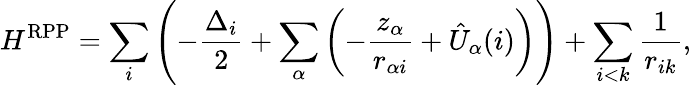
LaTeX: H^{\mathrm{RPP}}=\sum_{i}\left(-\frac{\Delta_{i}}{2}+\sum_{\alpha}\left(-\frac{z_{\alpha}}{r_{\alpha i}}+\hat{U}_{\alpha}(i)\right)\right)+\sum_{i<k}\frac{1}{r_{ik}},